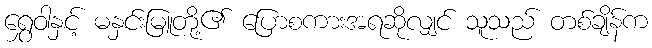
ရွှေဝါနှင့် မနှင်းမြူတို့၏ ပြောစကားအရဆိုလျှင် သူသည် တစ်ချိန်က